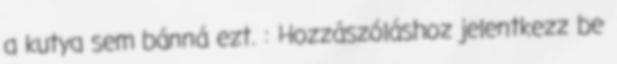
a kutya sem bánná ezt. : Hozzászóláshoz jelentkezz be